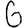
Digit: 6